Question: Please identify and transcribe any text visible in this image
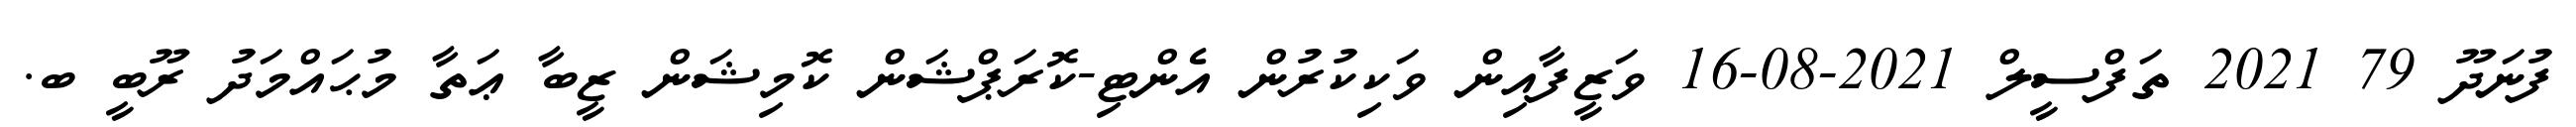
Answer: ފުނަދޫ 79 2021 ތަފްސީލް 2021-08-16 ވަޒީފާއިން ވަކިކުރުން އެންޓި-ކޮރަޕްޝަން ކޮމިޝަން ޒީބާ ޢަތާ މުޙައްމަދު ރޫބީ ބ.